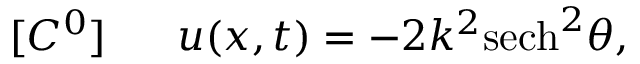
[ C ^ { 0 } ] ~ ~ ~ ~ ~ u ( x , t ) = - 2 k ^ { 2 } \mathrm { s e c h } ^ { 2 } \theta ,